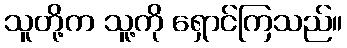
သူတို့က သူ့ကို ရှောင်ကြသည်။